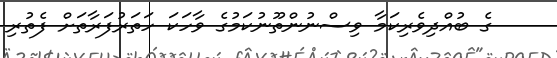
ގެ ބުއްދިވެރިކަމާ ވިސްނުންތޫނުކަމުގެ ވާހަކަ ހަތަރުފަރާތަށް ފެތުރި